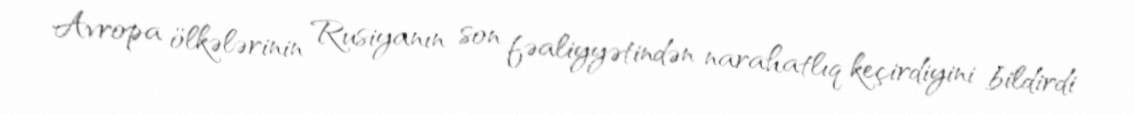
Avropa ölkələrinin Rusiyanın son fəaliyyətindən narahatlıq keçirdiyini bildirdi